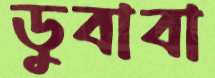
ডুবাবা